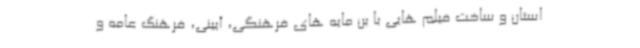
استان و ساخت فیلم هایی با بن مایه های فرهنگی، آیینی، فرهنگ عامه و